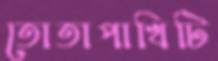
তোতাপাখিটি